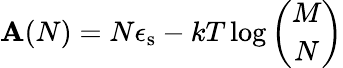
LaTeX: \mathbf{A}(N)=N\epsilon_{\mathrm{{s}}}-kT\log\binom{M}{N}